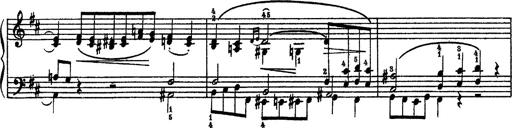
Title: Sarabande und Chaconne aus dem Singspiel
Composer: Franz Liszt